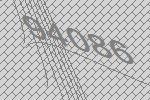
94086